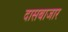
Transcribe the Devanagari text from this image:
दासबाजार